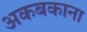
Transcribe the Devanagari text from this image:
अकबकाना